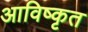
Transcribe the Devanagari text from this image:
आविष्‍कृत